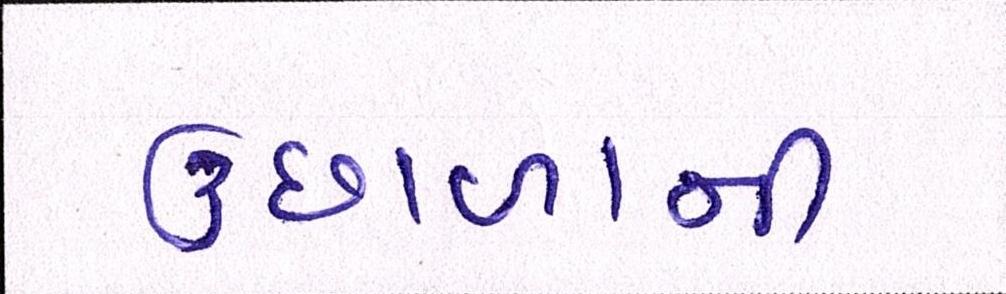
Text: ઉછાળાની